Vaccination United Provinces of Agra and Oudh 1902-1913 - 1902-1913
Year: 1902
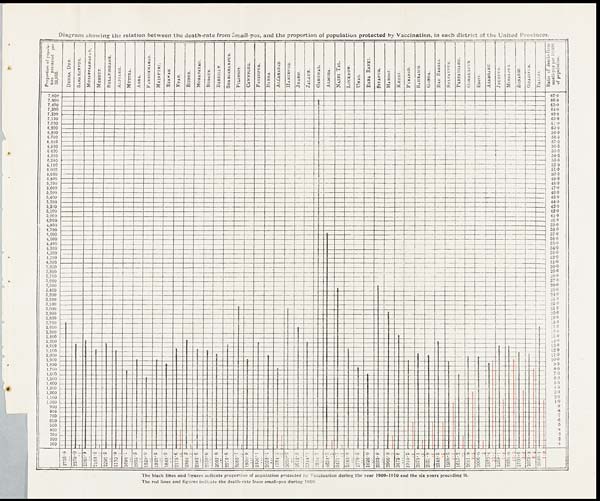
Diagram showing the relation between the death-rate from Small-pox, and the proportion of population protected by Vaccination, in each district of the United Provinces.
The black lines and figures indicate proportion of population protected by Vaccination during the year 1909-1910 and the six years preceding it.
The red lines and figures indicate the death-rate from small-pox during 1909.